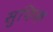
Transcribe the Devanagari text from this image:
सुफिक